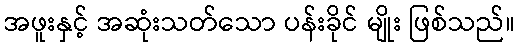
အဖူးနှင့် အဆုံးသတ်သော ပန်းခိုင် မျိုး ဖြစ်သည်။